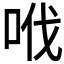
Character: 𠲎